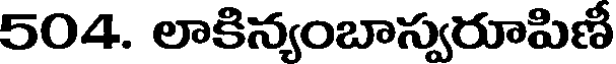
504. లాకిన్యంబాస్వరూపిణీ